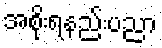
အစိုးရနည်းပညာ